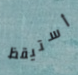
أستيقظ